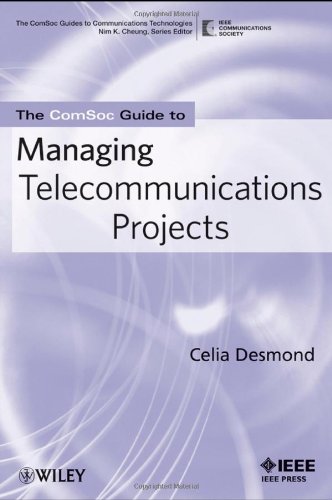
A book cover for The ComSoc Guide to Managing Telecommunications Projects; Celia Desmond; Computers & Technology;